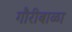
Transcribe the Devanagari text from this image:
गौरीबाळा